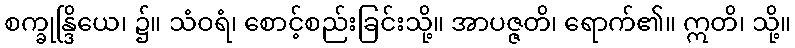
စက္ခုန္ဒြိယေ၊ ၌။ သံဝရံ၊ စောင့်စည်းခြင်းသို့။ အာပဇ္ဇတိ၊ ရောက်၏။ ဣတိ၊ သို့။